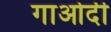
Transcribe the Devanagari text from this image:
गाओदी